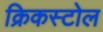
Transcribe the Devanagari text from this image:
क्रिकस्टोल